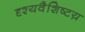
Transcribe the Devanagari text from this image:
दृश्यवैशिष्टय़